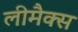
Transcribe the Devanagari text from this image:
लीमैक्स